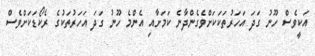
އަކީވެސް ހޫނު ގަދަ އަހަރުތަކަކަށްވެގެންދާނެ ކަމަށާއި އެންމެ ހޫނު ގަދަ އަހަރުތަކުގެ ރެކޯޑަކަށްވެސް